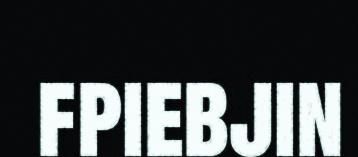
fpiebjin